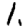
Digit: 1